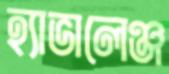
হ্যাভালেঞ্জ